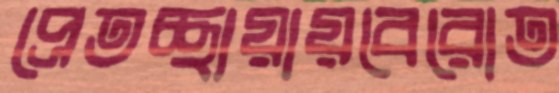
প্রেতচ্ছায়ায়বেরোত